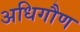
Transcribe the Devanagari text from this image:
अधिगौण